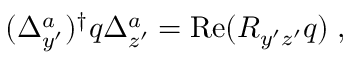
( \Delta _ { y ^ { \prime } } ^ { a } ) ^ { \dagger } q \Delta _ { z ^ { \prime } } ^ { a } = \mathrm { R e } ( R _ { y ^ { \prime } z ^ { \prime } } q ) \; ,